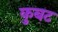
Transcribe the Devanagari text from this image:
कुबट